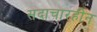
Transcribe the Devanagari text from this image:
सदाचारहीन